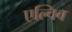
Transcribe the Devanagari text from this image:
एल्विव